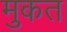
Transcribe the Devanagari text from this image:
मुकत